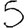
Digit: 5